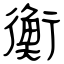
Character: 衡